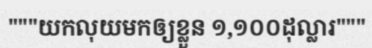
"""យកលុយមកឲ្យខ្លួន ១,១០០ដុល្លារ"""